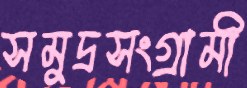
সমুদ্রসংগ্রামী